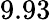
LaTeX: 9.93